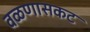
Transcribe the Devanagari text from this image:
वळणासकट